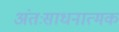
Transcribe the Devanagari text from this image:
अंतःसाधनात्मक